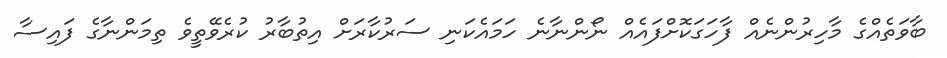
ބާވަތެއްގެ މާހިރުންނެއް ފާހަގަކޮށްފައެއް ނޯންނާނެ ހަމައެކަނި ސަރުކާރަށް އިތުބާރު ކުރެވޭތީވެ ތިމަންނާގެ ފައިސާ